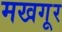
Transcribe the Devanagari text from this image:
मखगूर